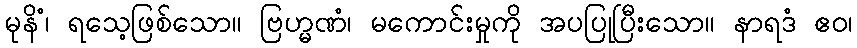
မုနိံ၊ ရသေ့ဖြစ်သော။ ဗြဟ္မဏံ၊ မကောင်းမှုကို အပပြုပြီးသော။ နာရဒံ ဧဝ၊